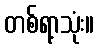
တစ်ရာ့သုံး။